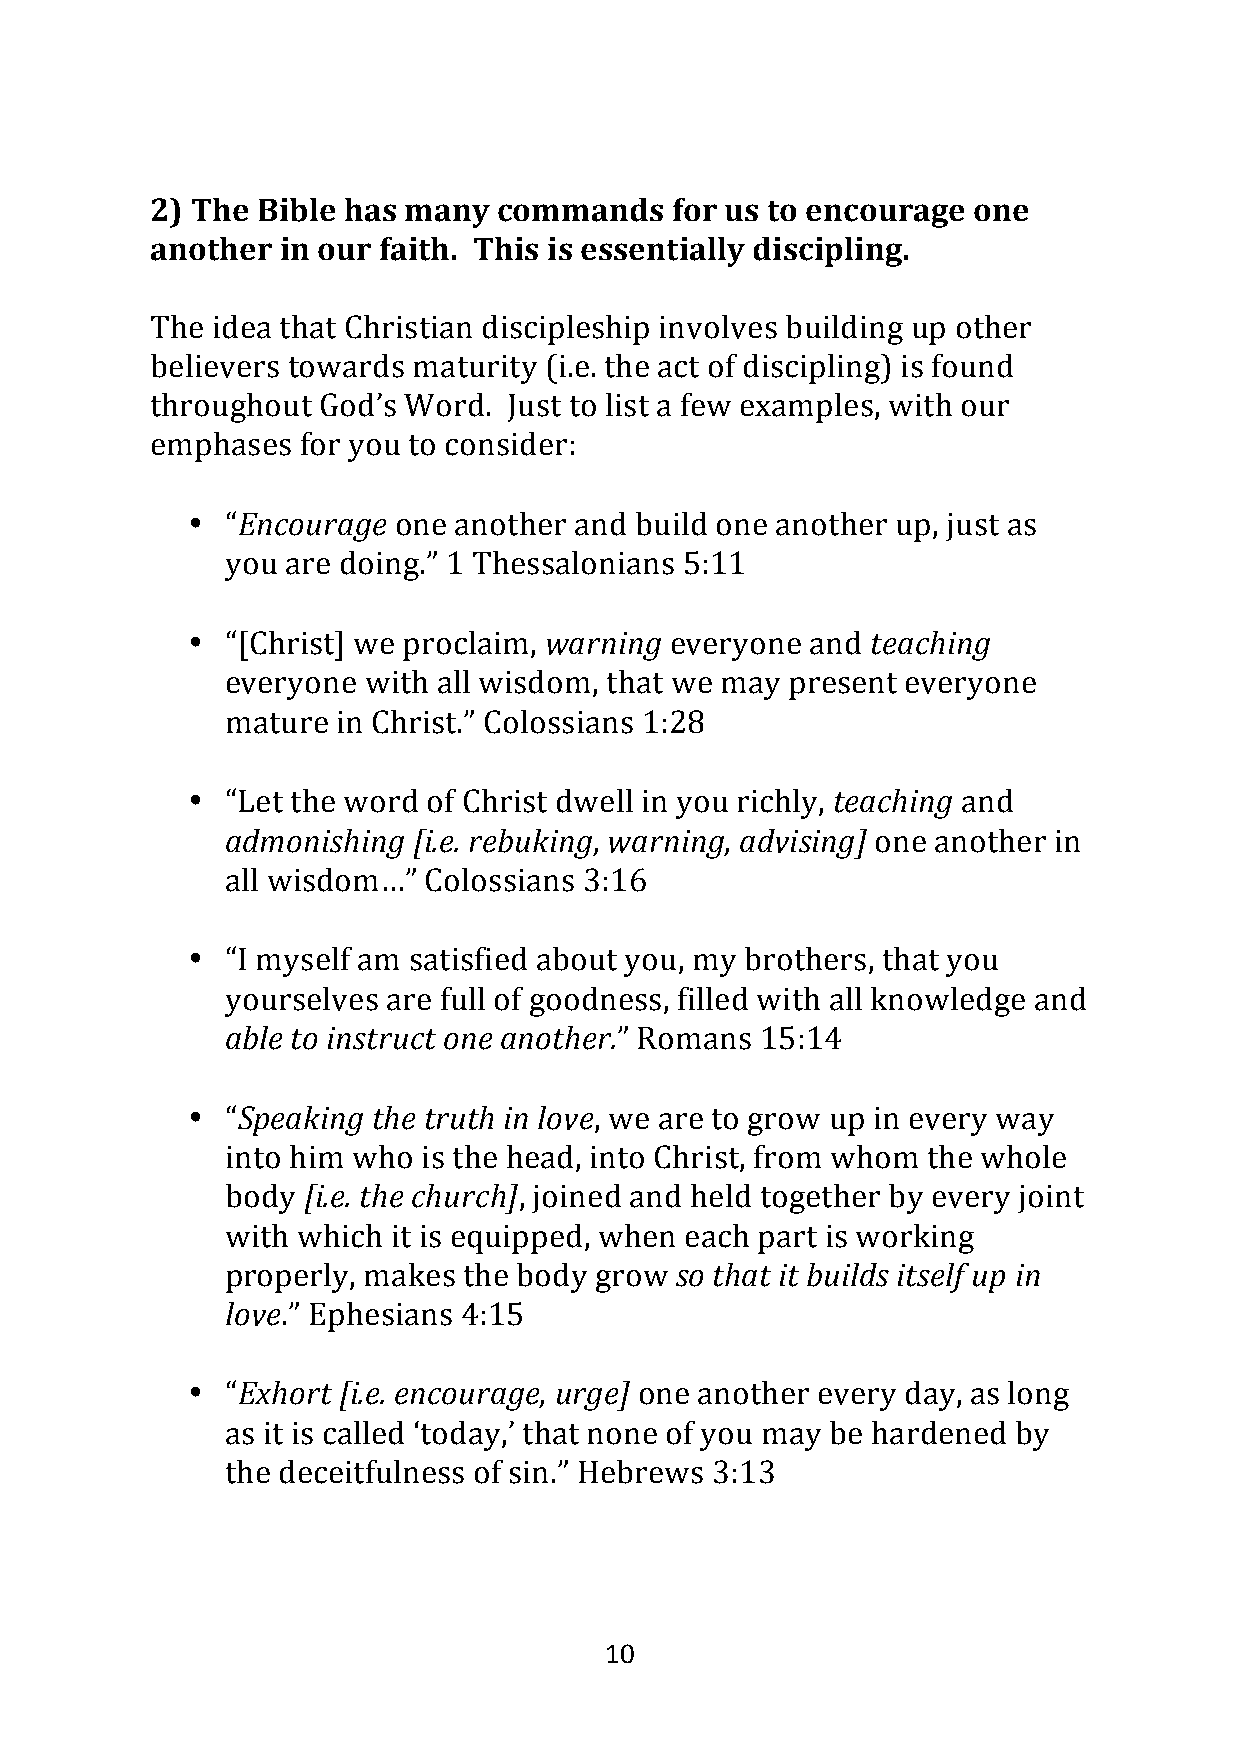
2) The Bible has many  commands   for us to encourage one
 another in our faith. This is essentially discipling.
 The idea that Christian discipleship involves building up other
 believers towards maturity (i.e. the act of discipling) is found
 throughout God’s Word.  Just to list a few examples, with our
 emphases  for you to consider:
 •  “Encourage one another and build one another up, just as
 you are doing.” 1 Thessalonians 5:11
 •  “[Christ] we proclaim, warning everyone and teaching
 everyone with all wisdom, that we may present everyone
 mature in Christ.” Colossians 1:28
 •  “Let the word of Christ dwell in you richly, teaching and
 admonishing [i.e. rebuking, warning, advising] one another in
 all wisdom…” Colossians 3:16
 •  “I myself am satisfied about you, my brothers, that you
 yourselves are full of goodness, filled with all knowledge and
 able to instruct one another.” Romans 15:14
 •  “Speaking the truth in love, we are to grow up in every way
 into him who is the head, into Christ, from whom the whole
 body [i.e. the church], joined and held together by every joint
 with which it is equipped, when each part is working
 properly, makes the body grow so that it builds itself up in
 love.” Ephesians 4:15
 •  “Exhort [i.e. encourage, urge] one another every day, as long
 as it is called ‘today,’ that none of you may be hardened by
 the deceitfulness of sin.” Hebrews 3:13
 10